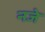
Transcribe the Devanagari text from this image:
नजे